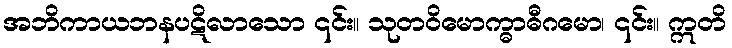
အဘိကာယဘနပဋိလာသော ၎င်း။ သုတဝိမောက္ဓာဓီဂမော၊ ၎င်း။ ဣတိ